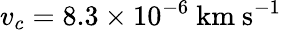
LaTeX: v_{c}=8.3\times 10^{-6}\ \mathrm{km\ s^{-1}}